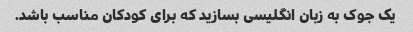
یک جوک به زبان انگلیسی بسازید که برای کودکان مناسب باشد.